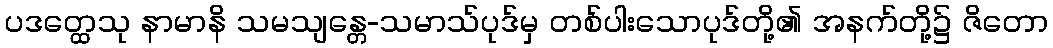
ပဒတ္ထေသု နာမာနိ သမသျန္တေ-သမာသ်ပုဒ်မှ တစ်ပါးသောပုဒ်တို့၏ အနက်တို့၌ ဇိတော